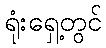
ရုံးရှေ့တွင်